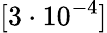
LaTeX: [3\cdot 10^{-4}]